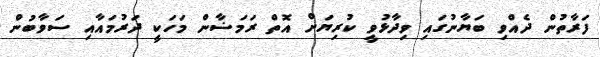
ފަރާތުން ދެއްވި ބަޔާނުގައި ވިދާޅުވީ ކުރިޔަށް އޮތް ރަމަޟާން މަހަކީ ދަރުމައާއި ސަވާބުން